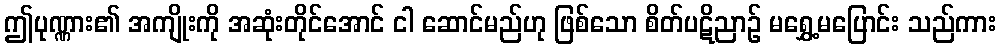
ဤပုဏ္ဏား၏ အကျိုးကို အဆုံးတိုင်အောင် ငါ ဆောင်မည်ဟု ဖြစ်သော စိတ်ပဋိညာဉ် မရွှေ့မပြောင်း သည်ကား